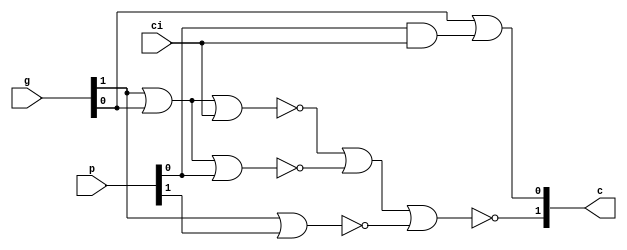
module carry_generate_2bits (p, g, ci, c);

input [1:0] p, g;
input ci;
output [1:0] c;
wire [2:0] e;

assign c[0] = g[0] | p[0] & ci;

nor n4 (e[0], g[1], g[0], ci);
nor n5 (e[1], g[1], g[0], p[0]);
nor n6 (e[2], g[1], p[1]);
nor n7 (c[1], e[0], e[1], e[2]);

endmodule